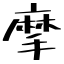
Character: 摩